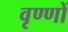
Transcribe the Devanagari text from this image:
वृण्णों